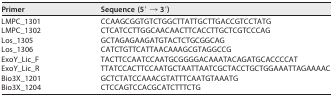
<table><thead><tr><td><b>Primer</b></td><td><b>Sequence (5′ → 3′)</b></td></tr></thead><tbody><tr><td>LMPC_1301</td><td>CCAAGCGGTGTCTGGCTTATTGCTTGACCGTCCTATG</td></tr><tr><td>LMPC_1302</td><td>CTCATCCTTGGCAACAACTTCACCTTGCTCGTCCCAG</td></tr><tr><td>Los_1305</td><td>GCTAGAGAAGATGTACTCTGCGGCAG</td></tr><tr><td>Los_1306</td><td>CATCTGTTCATTAACAAAGCGTAGGCCG</td></tr><tr><td>ExoY_Lic_F</td><td>TACTTCCAATCCAATGCGGGGACAAATACAGATGCACCCCAT</td></tr><tr><td>ExoY_Lic_R</td><td>TTATCCACTTCCAATGCTAATTAATCGCTACCTGCTGGAAATTAGAAAAC</td></tr><tr><td>Bio3X_1201</td><td>GCTCTATCCAAACGTATTTCAATGTAAATG</td></tr><tr><td>Bio3X_1204</td><td>CTCCAGTCCACGCATCTTTCTG</td></tr></tbody></table>